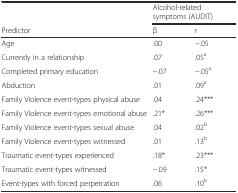
|  | <COLSPAN=2> Alcohol-related symptoms (AUDIT) |
 | Predictor | β | r |
 | --- | --- | --- |
 | Age | .00 | −.05 |
 | Currently in a relationship | .07 | .05a |
 | Completed primary education | −.07 | −.05a |
 | Abduction | .01 | .09a |
 | Family Violence event-types physical abuse | .04 | .24*** |
 | Family Violence event-types emotional abuse | .21* | .26*** |
 | Family Violence event-types sexual abuse | .04 | .02b |
 | Family Violence event-types witnessed | .01 | .13b |
 | Traumatic event-types experienced | .18* | .23*** |
 | Traumatic event-types witnessed | −.09 | .15* |
 | Event-types with forced perpetration | .06 | .10b |